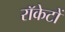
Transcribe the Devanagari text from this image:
राॅकेटों